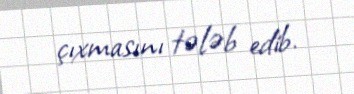
çıxmasını tələb edib.